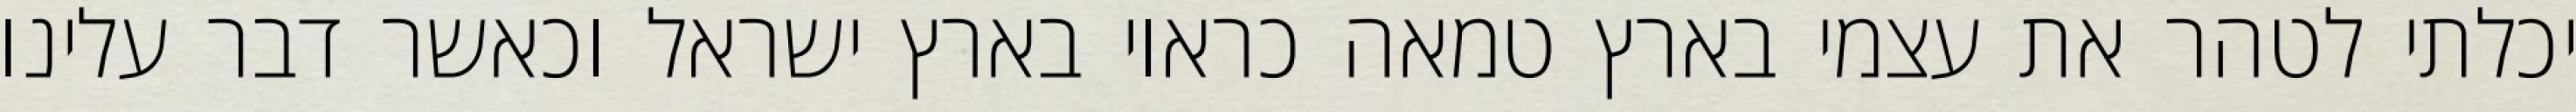
יכלתי לטהר את עצמי בארץ טמאה כראוי בארץ ישראל וכאשר דבר עלינו